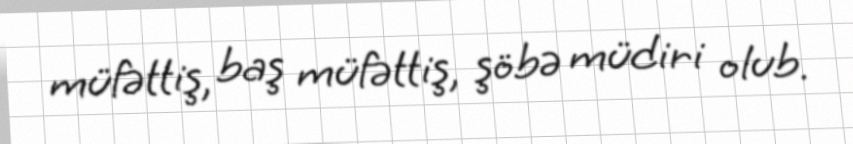
müfəttiş, baş müfəttiş, şöbə müdiri olub.